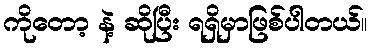
ကိုတော့ နဲ့ ဆိုပြီး ရရှိမှာဖြစ်ပါတယ်။